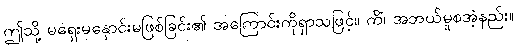
ဤသို့ မရှေးမနှောင်းမဖြစ်ခြင်း၏ အကြောင်းကိုရှာသဖြင့်။ ကိံ၊ အဘယ်မူစအံ့နည်း။